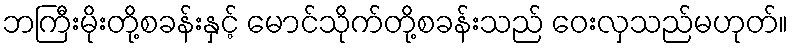
ဘကြီးမိုးတို့စခန်းနှင့် မောင်သိုက်တို့စခန်းသည် ဝေးလှသည်မဟုတ်။